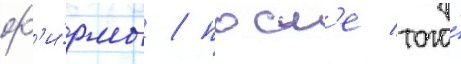
ф'и́рмы / посл'е того́